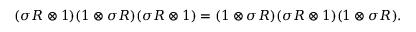
( \sigma R \otimes 1 ) ( 1 \otimes \sigma R ) ( \sigma R \otimes 1 ) = ( 1 \otimes \sigma R ) ( \sigma R \otimes 1 ) ( 1 \otimes \sigma R ) .